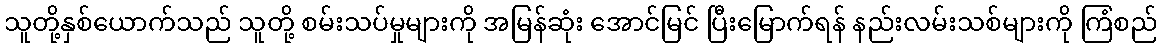
သူတို့နှစ်ယောက်သည် သူတို့ စမ်းသပ်မှုများကို အမြန်ဆုံး အောင်မြင် ပြီးမြောက်ရန် နည်းလမ်းသစ်များကို ကြံစည်